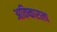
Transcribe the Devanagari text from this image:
आविष्काराला